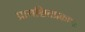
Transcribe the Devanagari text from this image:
प्रायश्चित्तप्रकाशः